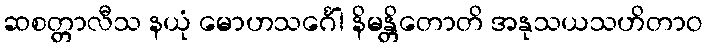
ဆစတ္တာလီသ နယုံ မောဟသင်္ဂေါ နိမန္တိတောတိ အနုသယသဟိတာဝ